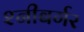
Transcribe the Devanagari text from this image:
श्नीबर्गर